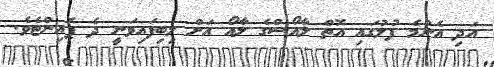
އަދި އެންމެ ފުލުގައި އޮތް ލާއޯސްގެ ލާއޯ އަށް ލިބިފައިވަނީ ދެ ޕޮއިންޓެވެ.